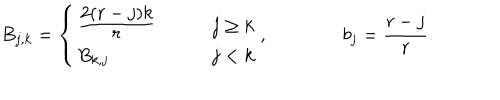
LaTeX: B _ { j , k } = \left\{ \begin{array} { l l } { { \frac { \displaystyle 2 ( r - j ) k } { \displaystyle r } \qquad } } & { { j \geq k } } \\ { { B _ { k , j } } } & { { j < k } } \\ \end{array} \right. , \qquad \qquad b _ { j } = \frac { r - j } { r } .